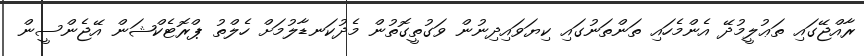
ރާއްޖޭގައި ތަޢުލީމުދޭ އެންމެހައި ތަންތަނުގައި ކިޔަވައިދިނުން ވަގުތީގޮތުން މެދުކަނޑާލުމަށް ހެލްތު ޕްރޮޓެކްޝަން އޭޖެންސީން